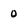
Character: O